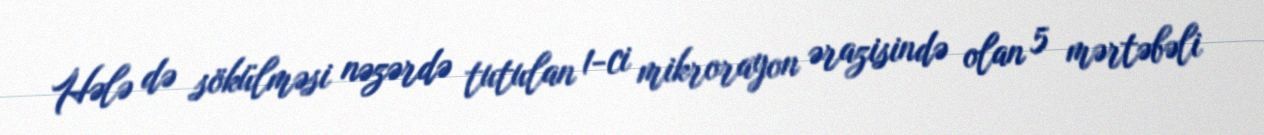
Hələ də sökülməsi nəzərdə tutulan 1-ci mikrorayon ərazisində olan 5 mərtəbəli